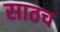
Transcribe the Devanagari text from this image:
साठच